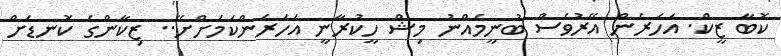
ކޮބާ ޒީކް. އަހަރެން އޭރުވެސް ބުނީމެއްނު މިޝް ހީކުރާނީ އަހަރެންކަމަށްށޭ.. ޒިކާންގެ ކޮނޑަށް